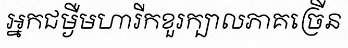
អ្នកជម្ងឺមហារីកខួរក្បាលភាគច្រើន